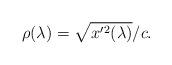
LaTeX: \begin{align*}\rho (\lambda ) = \sqrt{ x'{}^2 (\lambda )} /c.\end{align*}